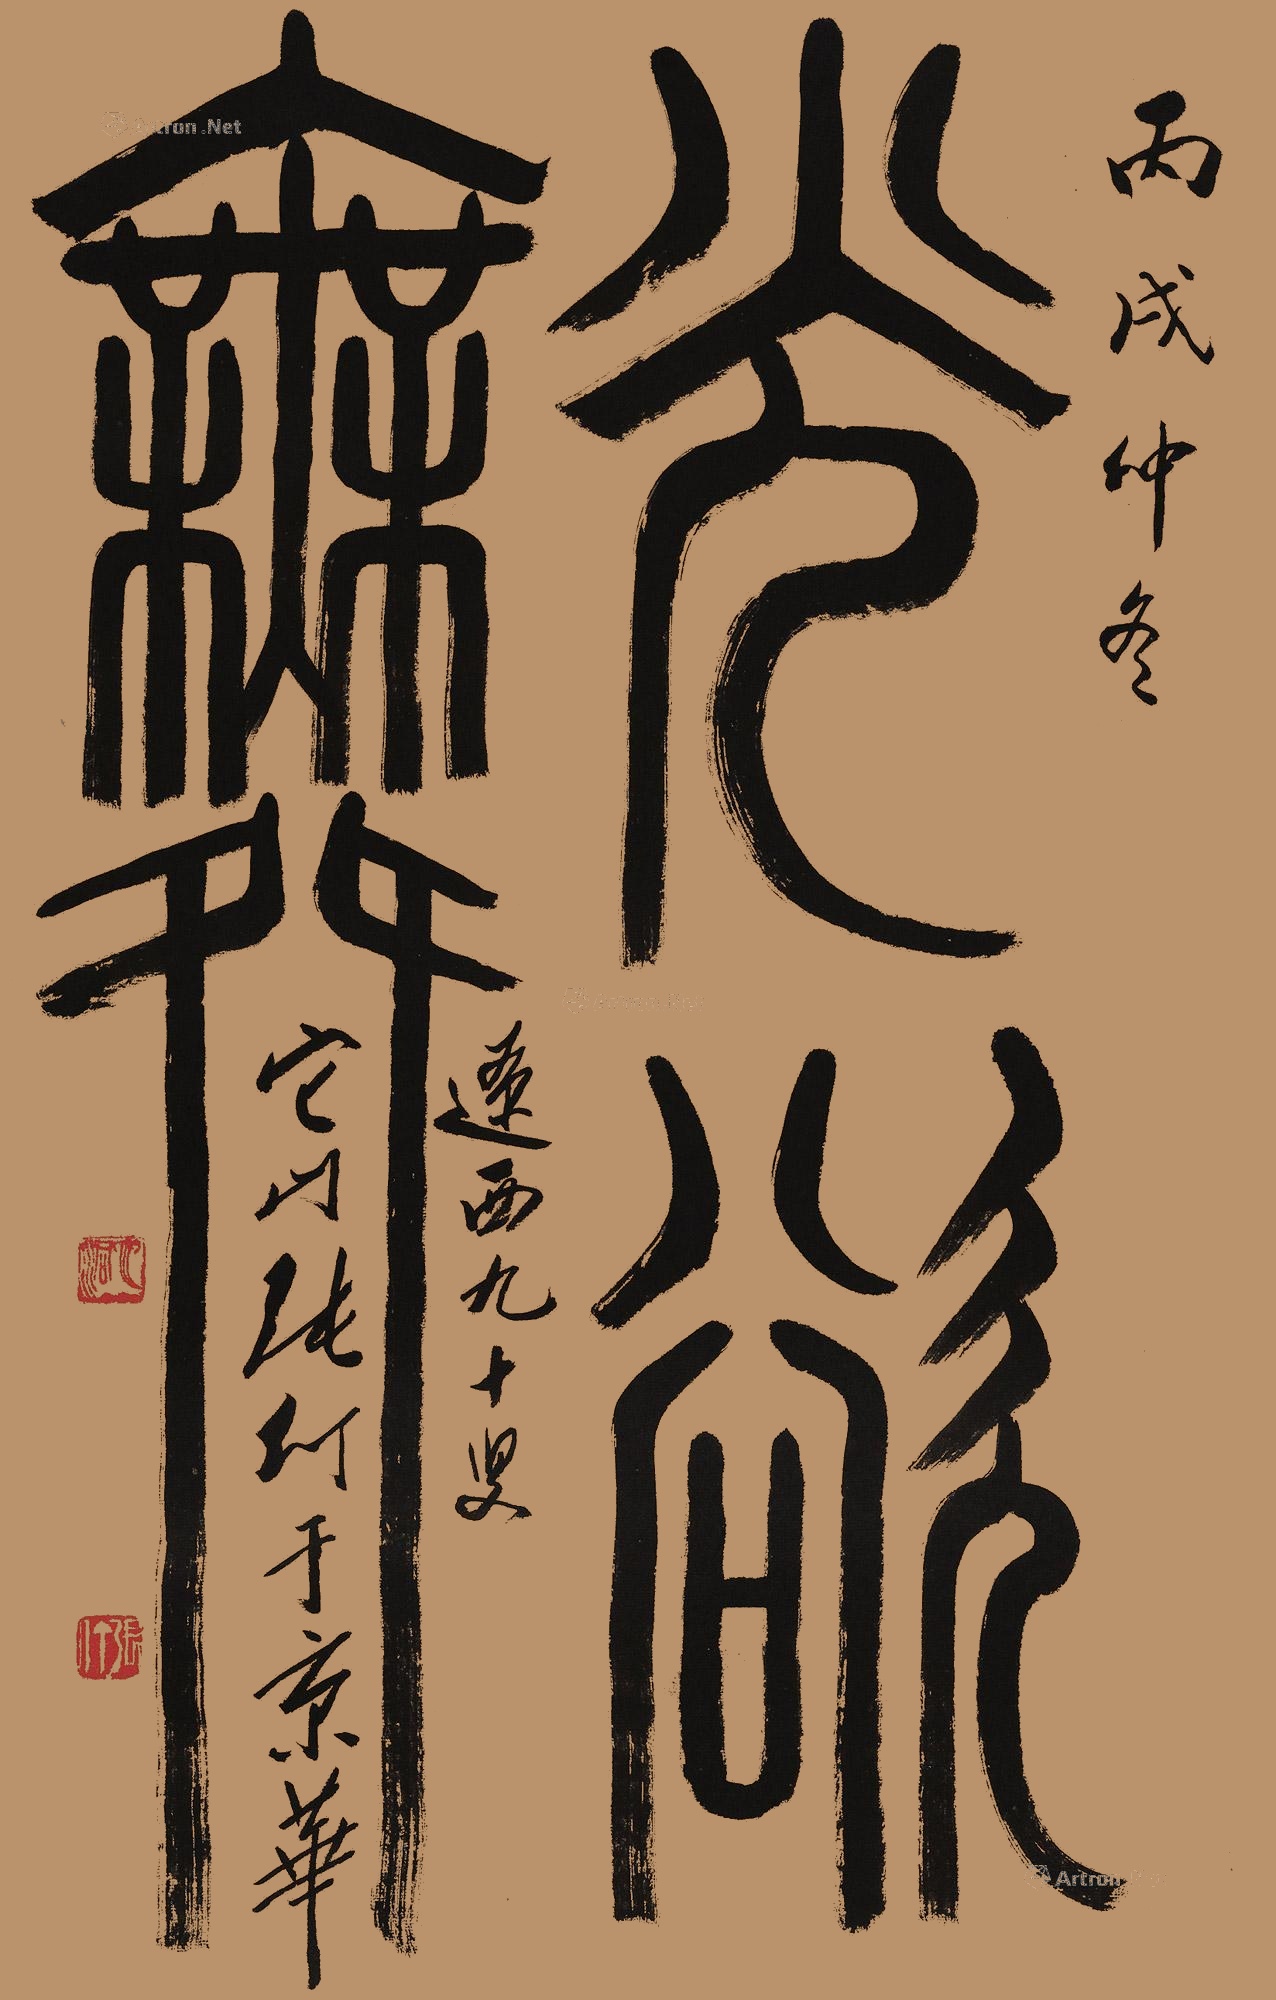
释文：光欲舞丙戌仲冬，辽西九十叟它山张仃于京华。